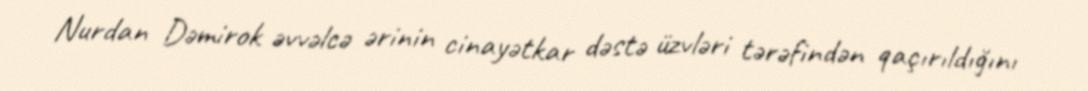
Nurdan Dəmirok əvvəlcə ərinin cinayətkar dəstə üzvləri tərəfindən qaçırıldığını